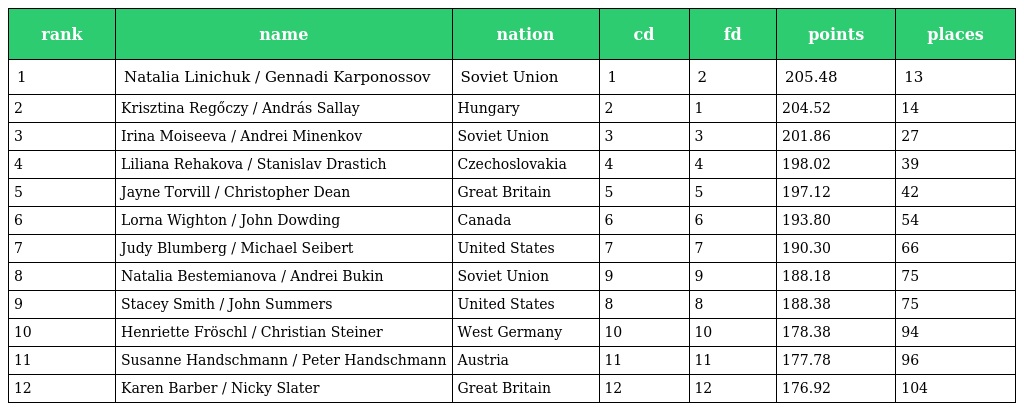
| rank | name | nation | cd | fd | points | places |
 | --- | --- | --- | --- | --- | --- | --- |
 | 1 | Natalia Linichuk / Gennadi Karponossov | Soviet Union | 1 | 2 | 205.48 | 13 |
 | 2 | Krisztina Regőczy / András Sallay | Hungary | 2 | 1 | 204.52 | 14 |
 | 3 | Irina Moiseeva / Andrei Minenkov | Soviet Union | 3 | 3 | 201.86 | 27 |
 | 4 | Liliana Rehakova / Stanislav Drastich | Czechoslovakia | 4 | 4 | 198.02 | 39 |
 | 5 | Jayne Torvill / Christopher Dean | Great Britain | 5 | 5 | 197.12 | 42 |
 | 6 | Lorna Wighton / John Dowding | Canada | 6 | 6 | 193.80 | 54 |
 | 7 | Judy Blumberg / Michael Seibert | United States | 7 | 7 | 190.30 | 66 |
 | 8 | Natalia Bestemianova / Andrei Bukin | Soviet Union | 9 | 9 | 188.18 | 75 |
 | 9 | Stacey Smith / John Summers | United States | 8 | 8 | 188.38 | 75 |
 | 10 | Henriette Fröschl / Christian Steiner | West Germany | 10 | 10 | 178.38 | 94 |
 | 11 | Susanne Handschmann / Peter Handschmann | Austria | 11 | 11 | 177.78 | 96 |
 | 12 | Karen Barber / Nicky Slater | Great Britain | 12 | 12 | 176.92 | 104 |